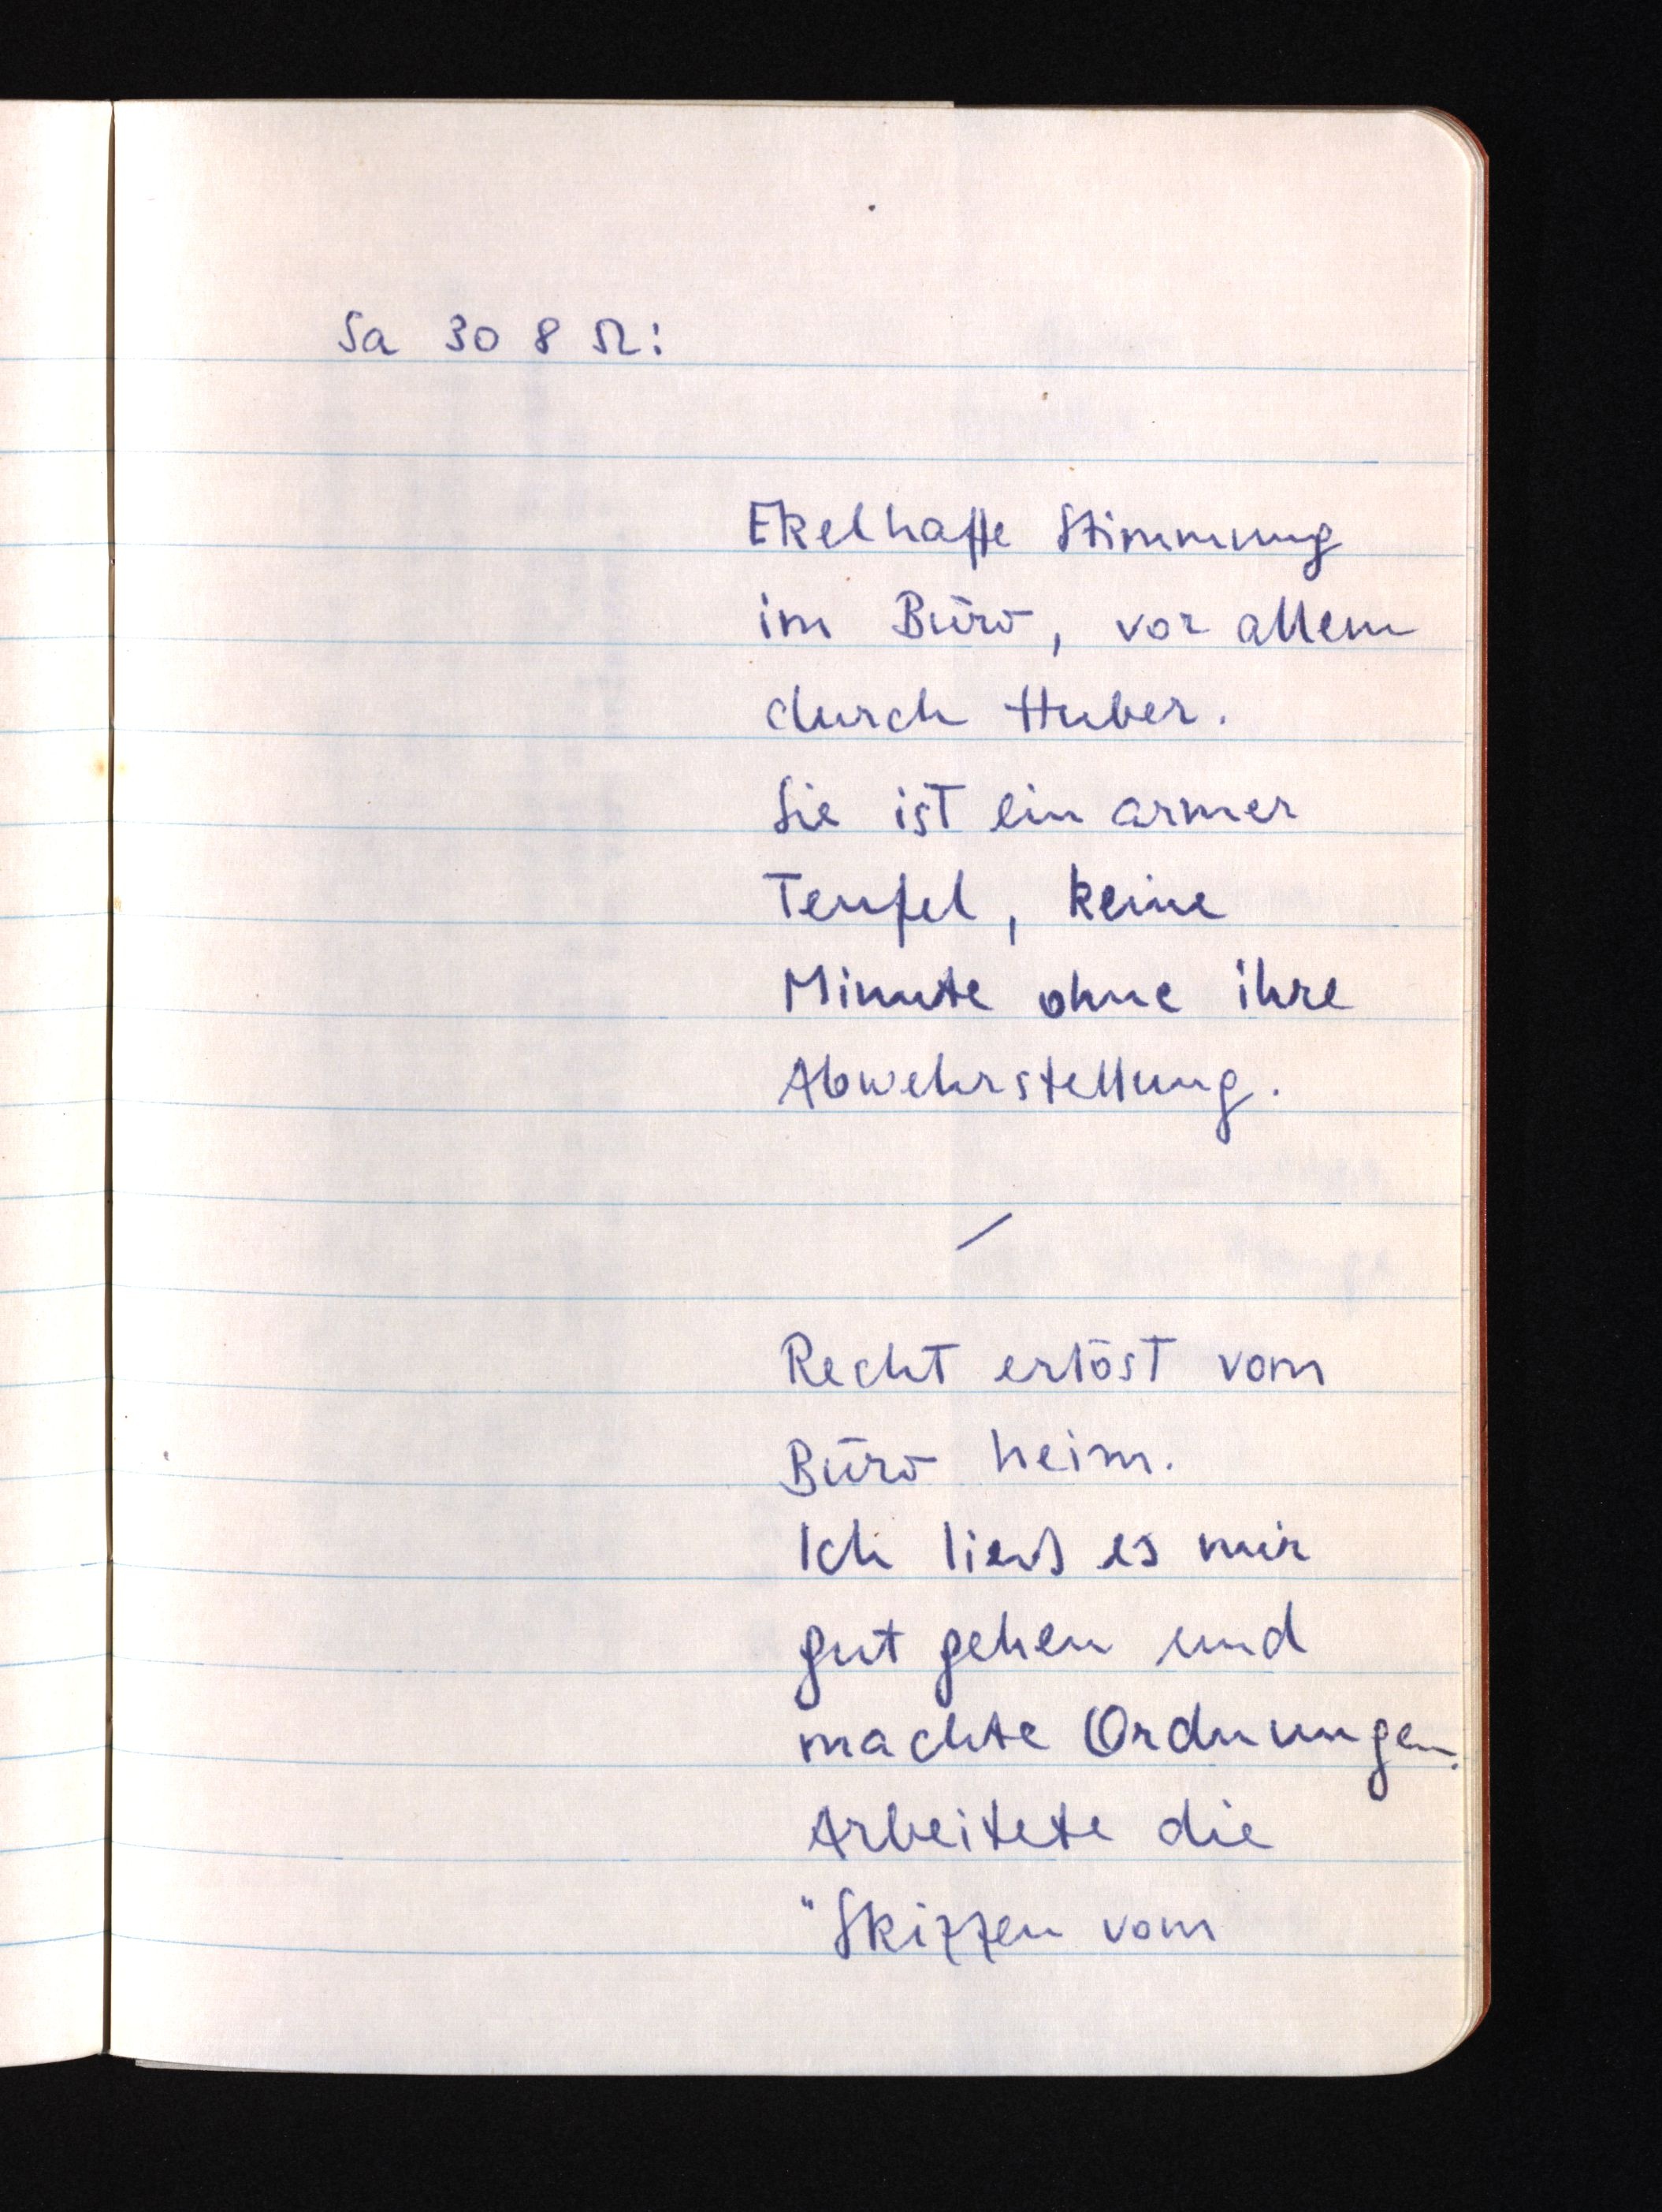
Sa 30 8 52:
Ekelhafte Stimmung
im Büro, vor allem
durch Huber.
Sie ist ein armer
Teufel, keine
Minute ohne ihre
Abwehrstellung.
Recht erlöst vom
Büro heim.
Ich ließ es mir
gut gehen und
machte Ordnungen.
Arbeitete die
"Skizzen vom